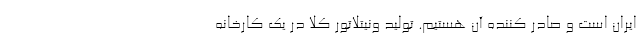
ایران است و صادر کننده آن هستیم. تولید ونیتلاتور کلا در یک کارخانه